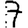
Digit: 7